Civil Veterinary Dept. North-West Frontier Province 1933-46 - 1933-1946
Year: 1933
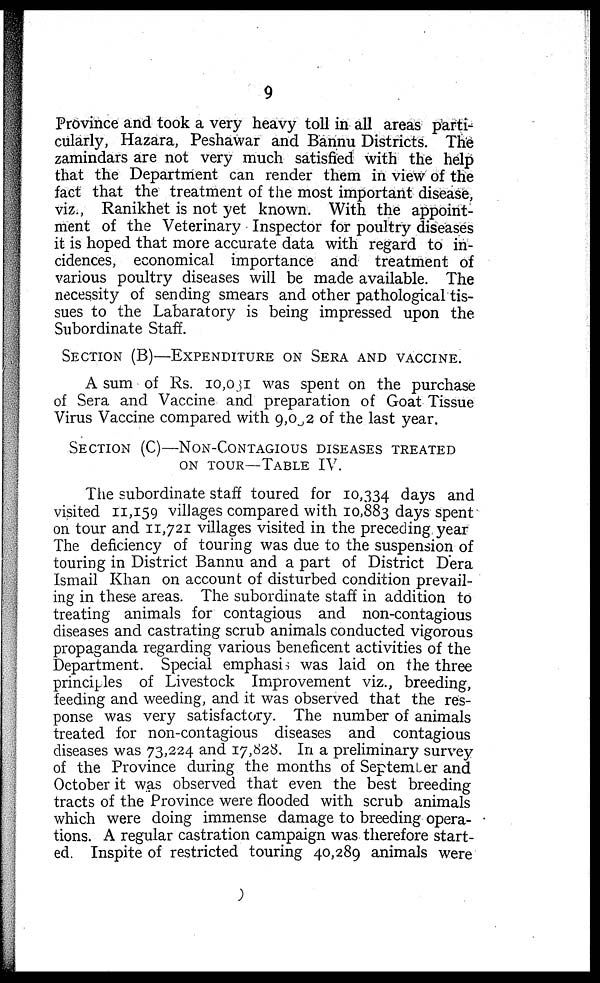
9
Province and took a very heavy toll in all areas parti-
cularly, Hazara, Peshawar and Bannu Districts. The
zamindars are not very much satisfied with the help
that the Department can render them in view of the
fact that the treatment of the most important disease,
viz., Ranikhet is not yet known. With the appoint-
ment of the Veterinary Inspector for poultry diseases
it is hoped that more accurate data with regard to in-
cidences, economical importance and treatment of
various poultry diseases will be made available. The
necessity of sending smears and other pathological tis-
sues to the Labaratory is being impressed upon the
Subordinate Staff.
SECTION (B)—EXPENDITURE ON SERA AND VACCINE.
A sum of Rs. 10,031 was spent on the purchase
of Sera and Vaccine and preparation of Goat Tissue
Virus Vaccine compared with 9,082 of the last year.
SECTION
(C)—NON-CONTAGIOUS DISEASES TREATED
ON TOUR—TABLE
IV.
The subordinate staff toured for 10,334 days and
visited 11,159 villages compared with 10,883 days spent
on tour and 11,721 villages visited in the preceding year
The deficiency of touring was due to the suspension of
touring in District Bannu and a part of District Dera
Ismail Khan on account of disturbed condition prevail-
ing in these areas. The subordinate staff in addition to
treating animals for contagious and non-contagious
diseases and castrating scrub animals conducted vigorous
propaganda regarding various beneficent activities of the
Department. Special emphasis was laid on the three
principles of Livestock Improvement viz., breeding,
feeding and weeding, and it was observed that the res-
ponse was very satisfactory. The number of animals
treated for non-contagious diseases and contagious
diseases was 73,224 and 17,828. In a preliminary survey
of the Province during the months of Septemter and
October it was observed that even the best breeding
tracts of the Province were flooded with scrub animals
which were doing immense damage to breeding opera-
tions. A regular castration campaign was therefore start-
ed. Inspite of restricted touring 40,289 animals were